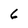
Character: 6